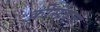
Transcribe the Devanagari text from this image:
कीसंयुक्त